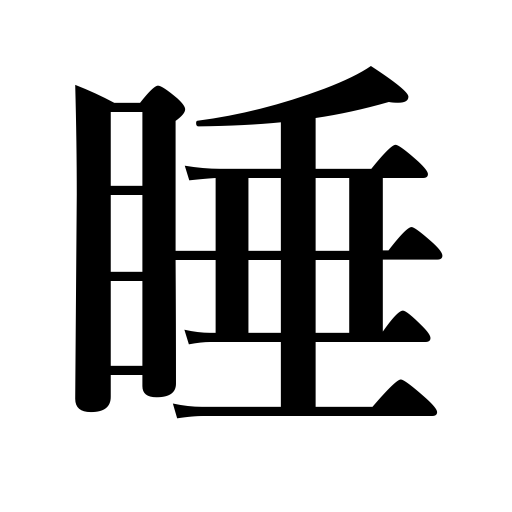
Meanings: sleep,die